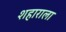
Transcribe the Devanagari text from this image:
शहाराला